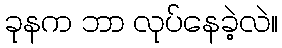
ခုနက ဘာ လုပ်နေခဲ့လဲ။